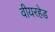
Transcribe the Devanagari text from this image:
वीयरहेड